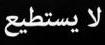
لا